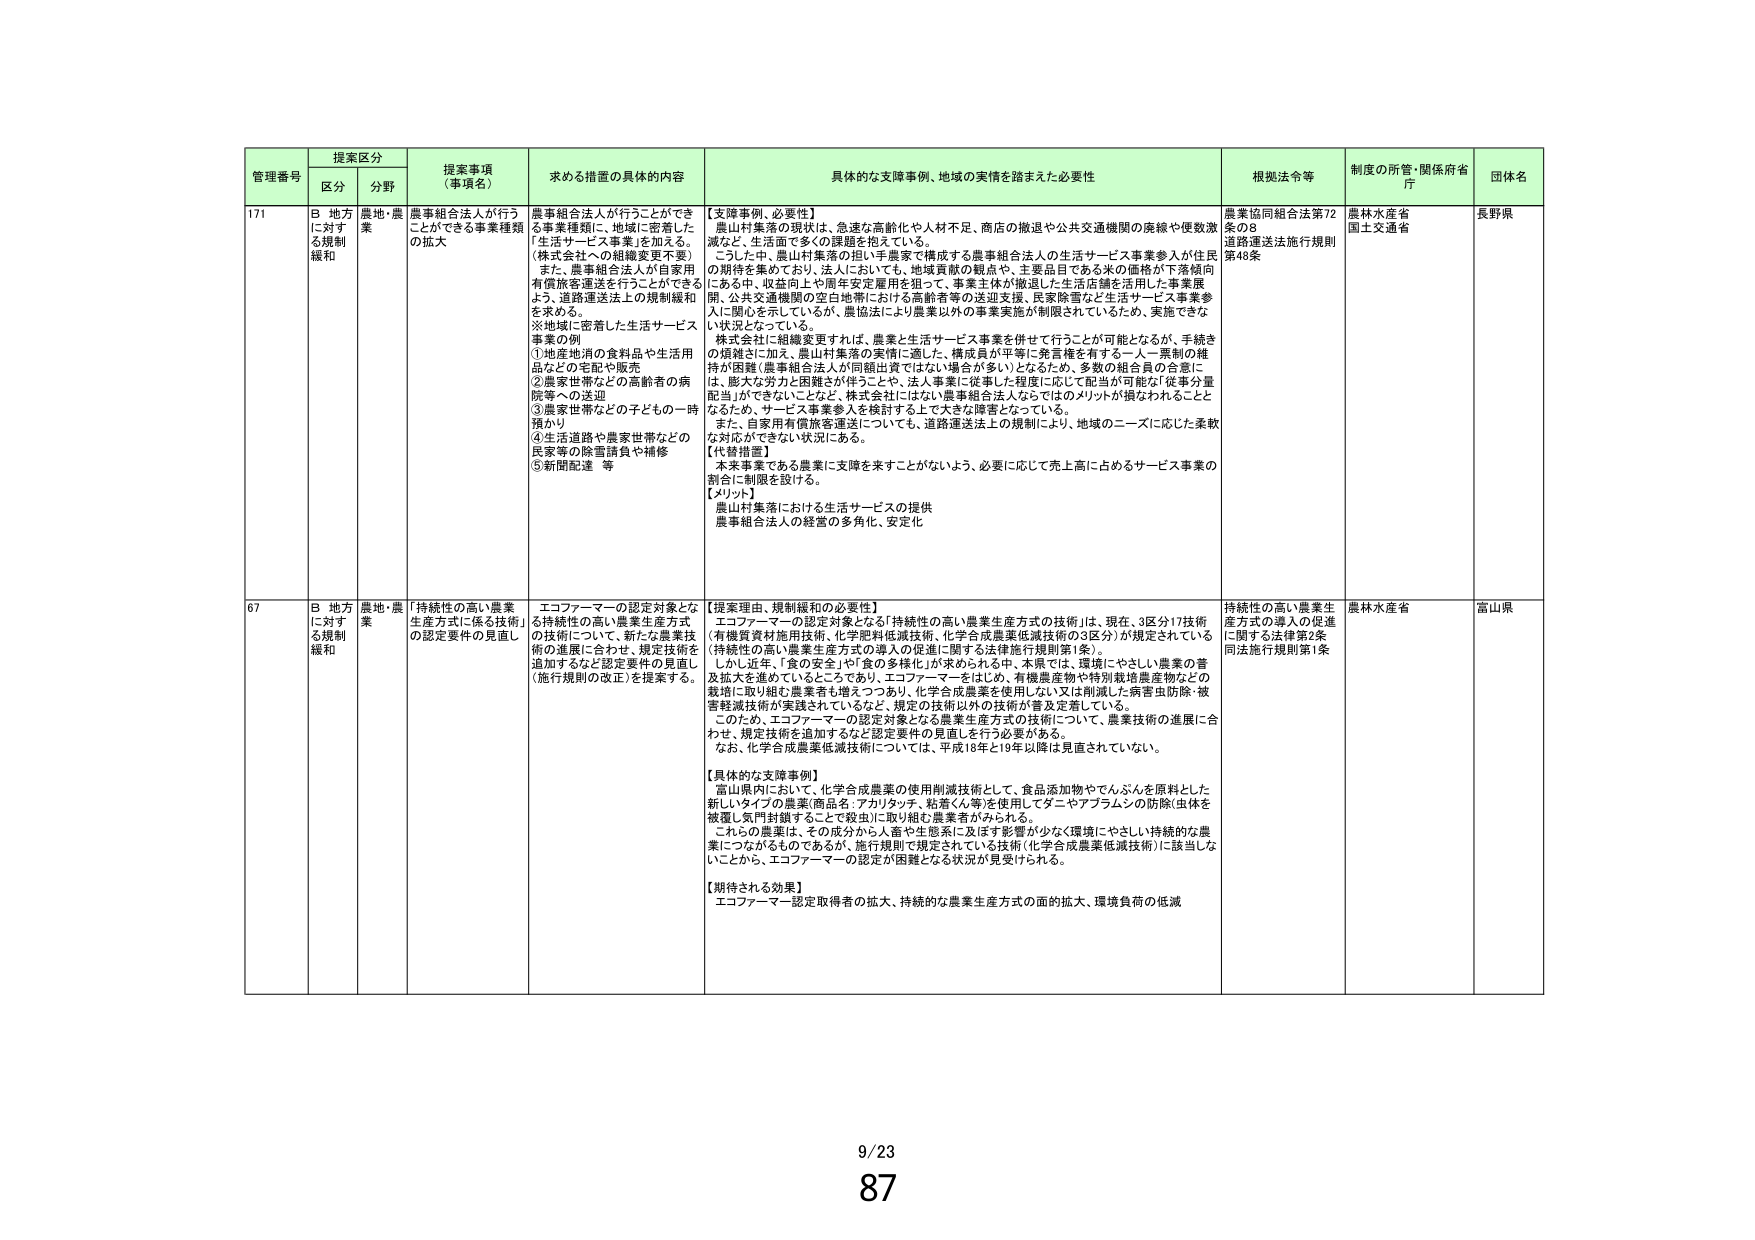
管理番号 提案区分 提案事項（事項名） 求める措置の具体的内容 具体的な支障事例、地域の実情を踏まえた必要性 根拠法令等 制度の所管・関係府省庁 団体名
区分 分野
171 B 地方に対する規制緩和 農地・農業 農事組合法人が行うことができる事業種類の拡大 農事組合法人が行うことができる事業種類に、地域に密着した「生活サービス事業」を加える。（株式会社への組織変更不要）また、農事組合法人が自家用有償旅客運送を行うことができるよう、道路運送法上の規制緩和を求める。※地域に密着した生活サービス事業の例①地産地消の食料品や生活用品などの宅配や販売②農家世帯などの高齢者の病院等への送迎③農家世帯などの子どもの一時預かり④生活道路や農家世帯などの民家等の除雪請負や補修⑤新聞配達 等 【支障事例、必要性】農山村集落の現状は、急速な高齢化や人材不足、商店の撤退や公共交通機関の廃線や便数激減など、生活面で多くの課題を抱えている。こうした中、農山村集落の担い手農家で構成する農事組合法人の生活サービス事業参入が住民の期待を集めており、法人においても、地域貢献の観点や、主要品目である米の価格が下落傾向にある中、収益向上や周年安定雇用を狙って、事業主体が撤退した生活店舗を活用した事業展開、公共交通機関の空白地帯における高齢者等の送迎支援、民家除雪など生活サービス事業参入に関心を示しているが、農協法により農業以外の事業実施が制限されているため、実施できない状況となっている。株式会社に組織変更すれば、農業と生活サービス事業を併せて行うことが可能となるが、手続きの煩雑さに加え、農山村集落の実情に適した、構成員が平等に発言権を有する一人一票制の維持が困難（農事組合法人が同額出資ではない構成員が多い）となるため、多数の組合員の合意には、膨大な労力と困難が伴うこと、法人事業に従事した程度に応じて配当が可能など従事分量配当ができないことなど、株式会社にはない農事組合法人ならではのメリットが損なわれることとなるため、サービス事業参入を検討する上で大きな障害となっている。また、自家用有償旅客運送についても、道路運送法上の規制により、地域のニーズに応じた柔軟な対応ができない状況にある。【代替措置】本来事業である農業に支障を来すことがないよう、必要に応じて売上高に占めるサービス事業の割合に制限を設ける。【メリット】農山村集落における生活サービスの提供農事組合法人の経営の多角化、安定化 農業協同組合法第72条の8道路運送法施行規則第46条 農林水産省国土交通省 長野県
67 B 地方に対する規制緩和 農地・農業 「持続性の高い農業生産方式に係る技術」の認定要件の見直し エコファーマーの認定対象となる「持続性の高い農業生産方式の技術」について、新たな農業技術の進展に合わせ、規定技術を追加するなど認定要件の見直し（施行規則の改正）を提案する。 【提案理由、規制緩和の必要性】エコファーマーの認定対象となる「持続性の高い農業生産方式の技術」は、現在、3区分17技術（有機質資材施用技術、化学肥料低減技術、化学合成農薬低減技術の3区分）が規定されている（持続性の高い農業生産方式の導入の促進に関する法律施行規則第1条）。しかし近年、「食の安全」や「食の多様化」が求められる中、本県では、環境にやさしい農業の普及拡大を進めているところであり、エコファーマーをはじめ、有機農産物や特別栽培農産物などの栽培に取り組む農業者も増えつつあり、化学合成農薬を使用しない又は削減した病害虫防除・被害軽減技術が実践されているなど、規定の技術以外の技術が普及定着している。このため、エコファーマーの認定対象となる農業生産方式の技術について、農業技術の進展に合わせ、規定技術を追加するなど認定要件の見直しを行う必要がある。なお、化学合成農薬低減技術については、平成18年と19年以降は見直されていない。【具体的な支障事例】富山県内において、化学合成農薬の使用削減技術として、食品添加物やでんぷんを原料とした新しいタイプの農薬（商品名：アカリタッチ、粘着くん等）を使用してダニやアブラムシの防除（虫体を被覆し気門封鎖することで殺虫）に取り組む農業者がみられる。これらの農薬は、その成分から人畜や生態系に及ぼす影響が少なく環境にやさしい持続的な農業につながるものであるが、施行規則で規定されている技術（化学合成農薬低減技術）に該当しないことから、エコファーマーの認定が困難となる状況が見受けられる。【期待される効果】エコファーマー認定取得者の拡大、持続的な農業生産方式の面的拡大、環境負荷の低減 持続性の高い農業生産方式の導入の促進に関する法律第2条同法施行規則第1条 農林水産省 富山県
9/23 87